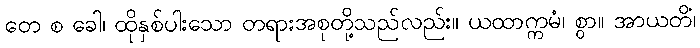
တေ စ ခေါ၊ ထိုနှစ်ပါးသော တရားအစုတို့သည်လည်း။ ယထာက္ကမံ၊ စွာ။ အာယတိံ၊